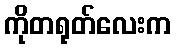
ကိုတရုတ်လေးက